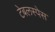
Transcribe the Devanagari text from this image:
टेबलस्पेस